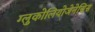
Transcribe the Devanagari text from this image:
ग्लुकोलियोजेनेसिस